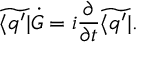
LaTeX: \widetilde { \langle q ^ { \prime } | } \dot { G } = i { \frac { \partial } { \partial t } } \widetilde { \langle q ^ { \prime } | } .